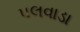
પલવાડા